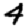
Digit: 4